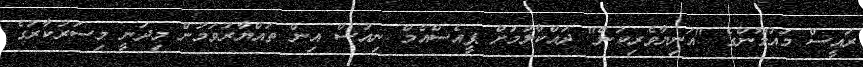
ރައީސް މައުމޫންގެ "އަނިޔާވެރިކަން" ދައްކާލުމަށް ޕީއެސްއެމް ނިއުސް އިން ތައްޔާރުވަމުން މިދަނީ މިސަރުކާރުގެ